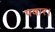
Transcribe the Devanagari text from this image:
पवार।